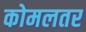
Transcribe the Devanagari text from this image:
कोमलतर